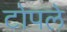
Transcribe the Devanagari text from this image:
टोपले